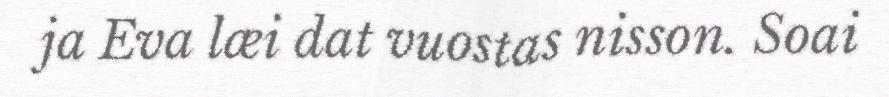
ja Eva læi dat vuostas nisson. Soai